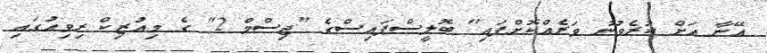
އޭނާ އަށް ކުރެވުނު ވަރެއްކޮށްފައި" ބޮލީސްޕައިސްގެ "ޖިސްމް 2" ގެ މިއުޒިކް ރިވިއުގައި